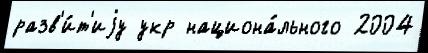
разв'и́т'иjу укр национа́льного 2004